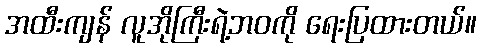
အထီးကျန် လူအိုကြီးရဲ့ဘဝကို ရေးပြထားတယ်။